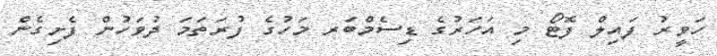
ހަވީރު ފައިލް ފޮޓޯ މި އަހަރުގެ ޑިސެމްބަރ މަހުގެ ފުރަތަމަ ދުވަހުން ފެށިގެން